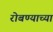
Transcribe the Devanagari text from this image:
रोबण्याच्या